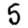
Digit: 5